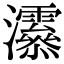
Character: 𤅒